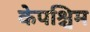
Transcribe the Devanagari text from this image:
केपश्चिम